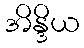
အိန္ဒိယ